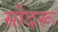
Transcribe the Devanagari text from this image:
सोदरू